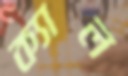
ক্যাল